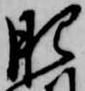
肥